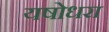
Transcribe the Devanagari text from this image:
यषोधरा